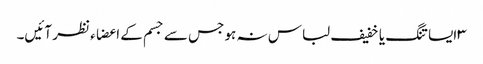
۳ایسا تنگ یا خفیف لباس نہ ہو جس سے جسم کے اعضاء نظر آئیں۔